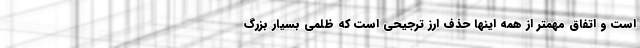
است و اتفاق مهمتر از همه اینها حذف ارز ترجیحی است که ظلمی بسیار بزرگ